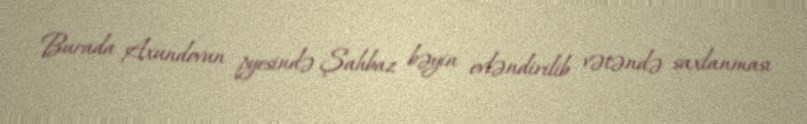
Burada Axundovun pyesində Şahbaz bəyin evləndirilib vətəndə saxlanması